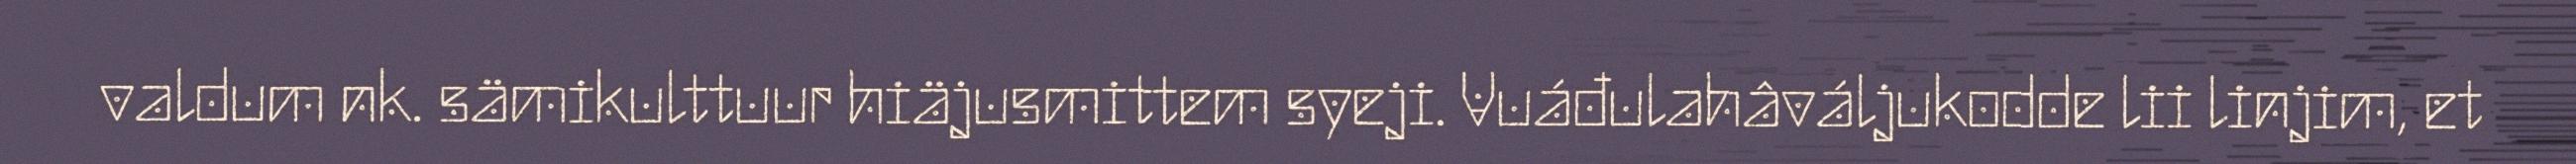
valdum nk. sämikulttuur hiäjusmittem syeji. Vuáđulahâváljukodde lii linjim, et